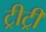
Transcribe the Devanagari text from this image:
ट्रीट्री